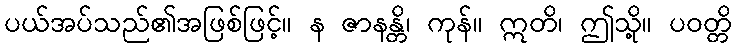
ပယ်အပ်သည်၏အဖြစ်ဖြင့်။ န ဇာနန္တိ၊ ကုန်။ ဣတိ၊ ဤသို့။ ပဝတ္တိ